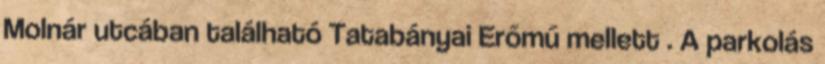
Molnár utcában található Tatabányai Erőmű mellett . A parkolás